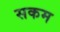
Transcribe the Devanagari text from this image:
सकम